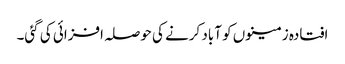
افتادہ زمینوں کو آباد کرنے کی حوصلہ افزائی کی گئی۔